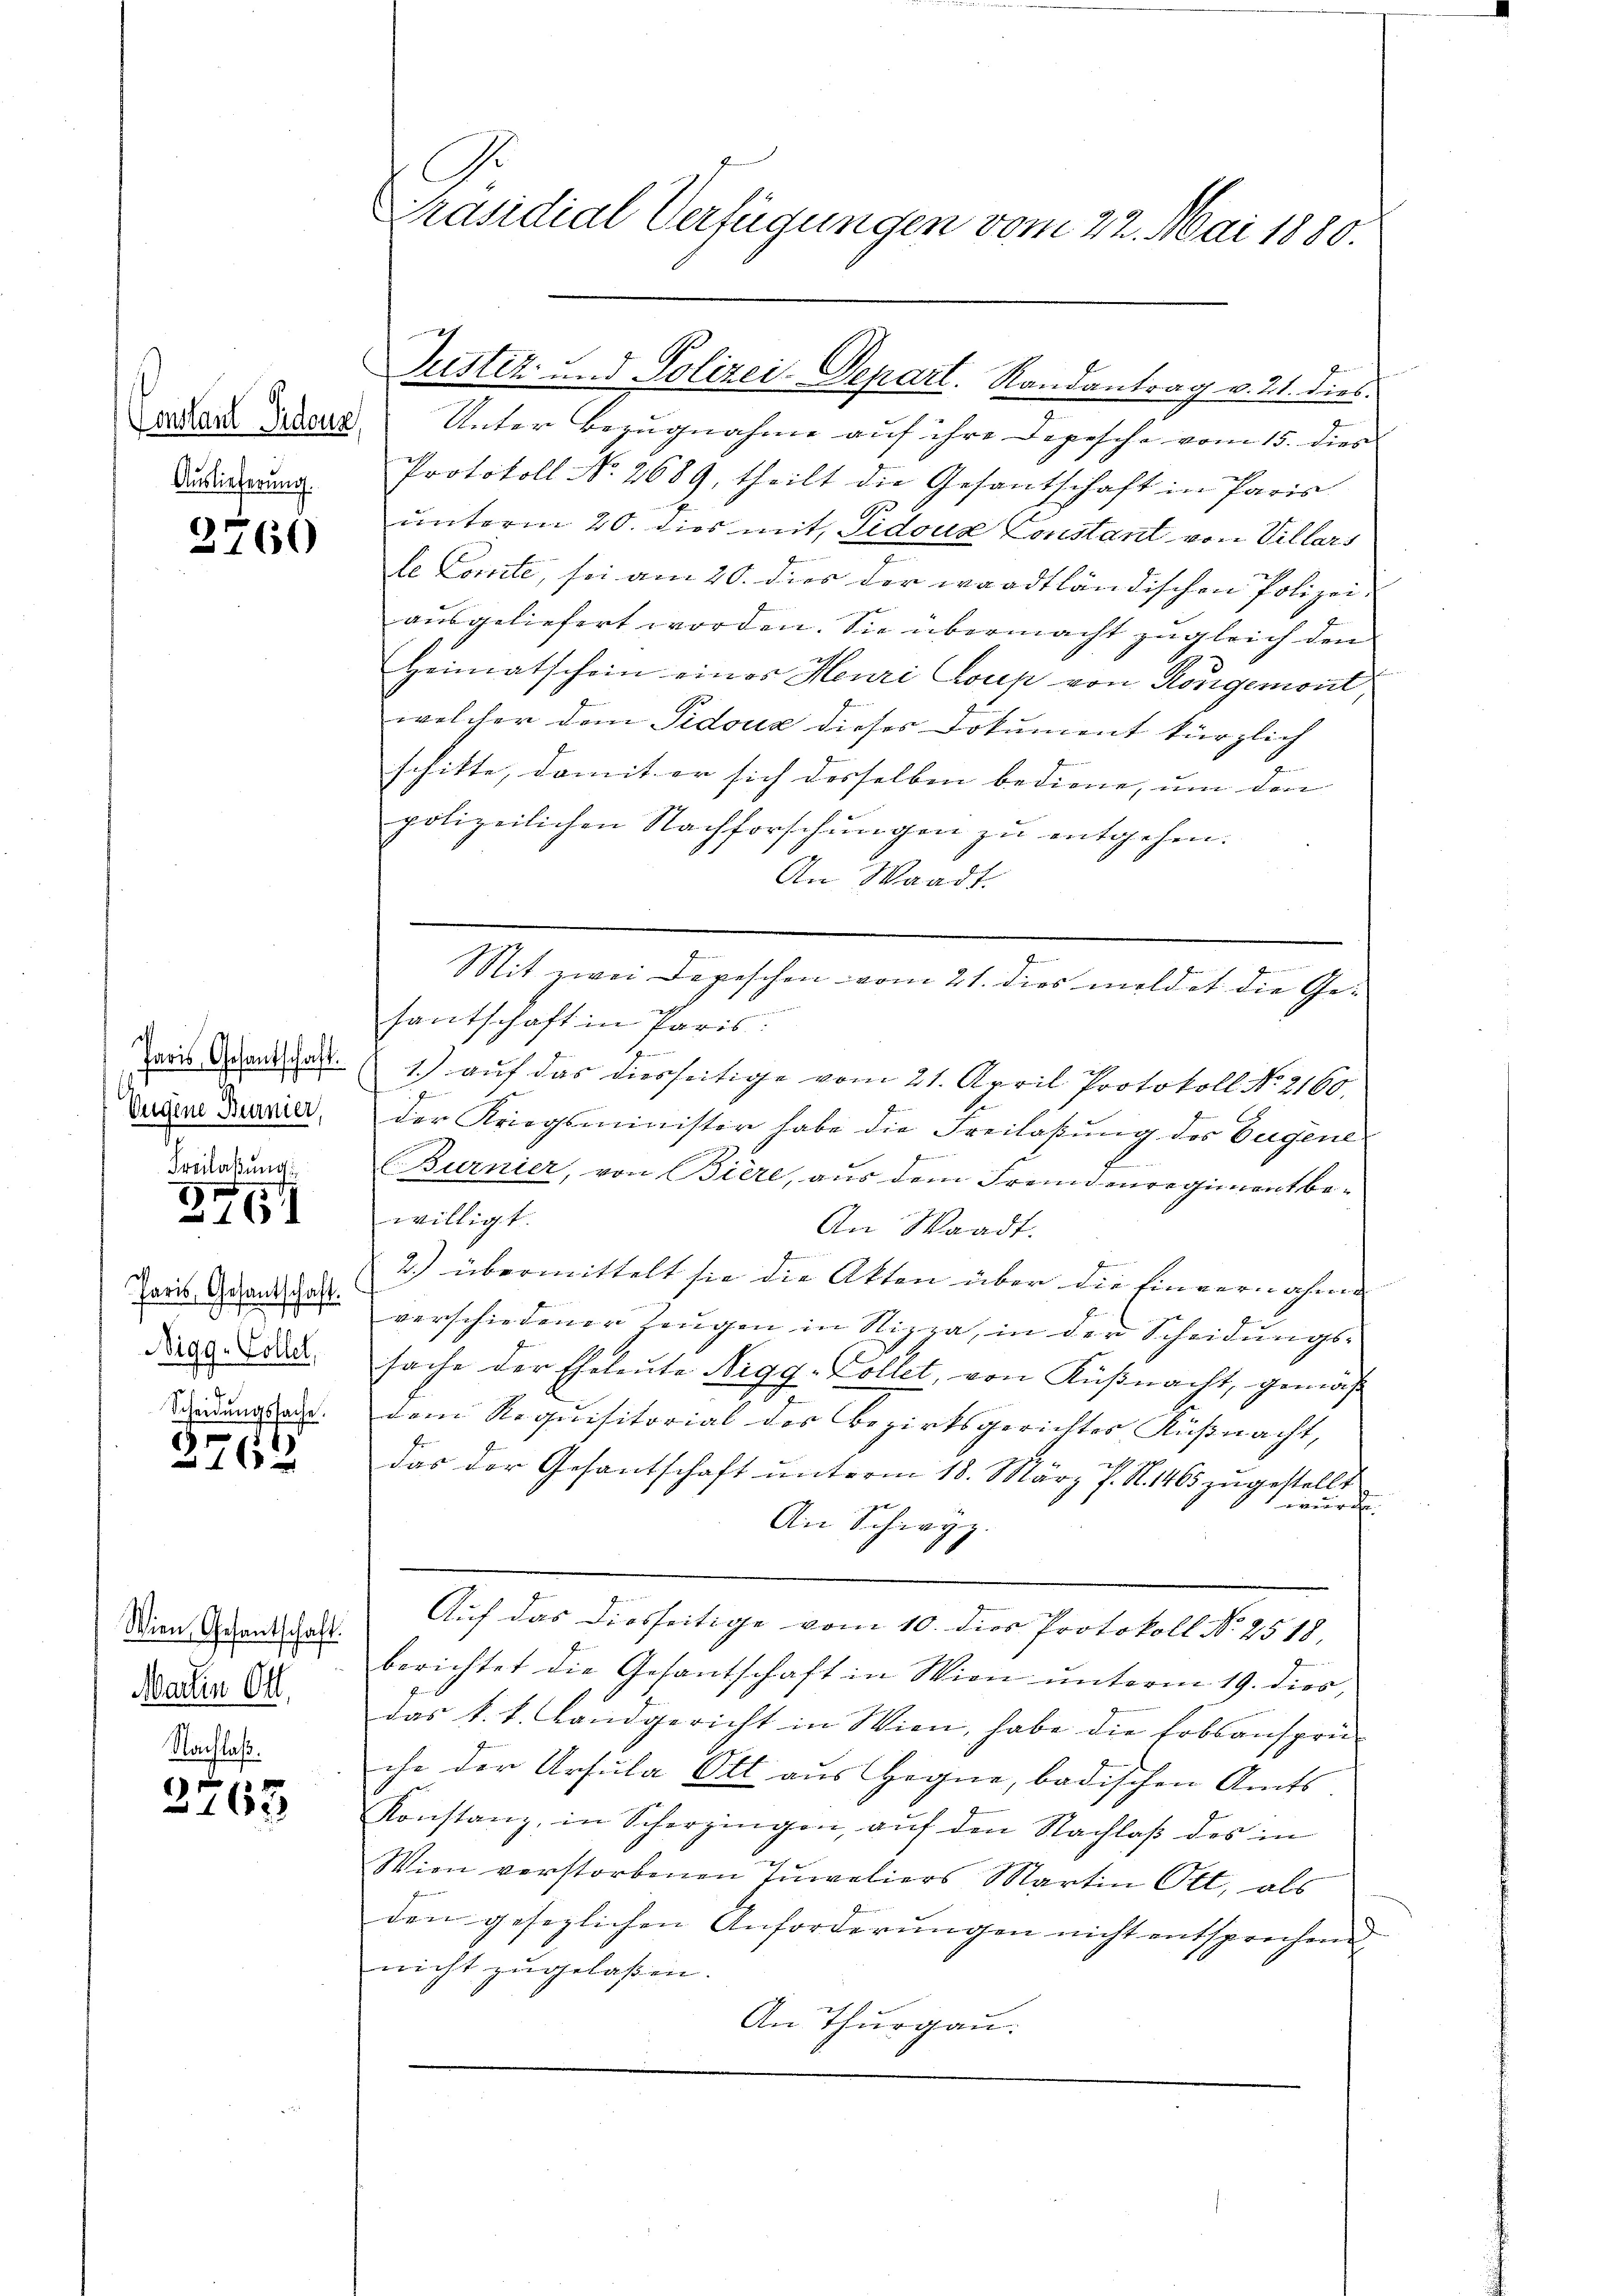
Auslieferung.

2760

Eugene Burnier,

Freilassung
2761

Paris, Gesantschaft.
Bigg-Collet,
Scheidungssache.

2762

Wien Gesantschaft.
Martin Ott,
Nachlaß.

3265

Sondern Erbene Unter Bezugnahme auf ihre Depesche vom 15. dies
Protokoll No 2689, theilt die Gesantschaft in Paris
unterm 20. dies mit Sidoux Constant von Villars
le Comte, sei am 20. dies der waadtländischen Polizei-
ausgeliefert worden. Sie übermacht zugleich den
Heimatschein eines Henri Coup von Kongemont,
welcher dem Pidoua dieses Dokument kürzlich
schitte, damit er sich desselben bediene, um den |
polizeilichen Nachforschungen zu entgehen.
An Waadt.
.
Mit zwei Depeschen vom 21. dies meldet die Ge¬

santschaft in Paris
ain den 1) auf das diesseitige vom 21. April Protokoll No. 2160.
der Kriegsminister habe die Freilaßung des Eugene
)
.
Burnier, von Biere, aus dem Fremdenregiment bewilligt.
An Waadt.
2.) übermittelt sie die Akten über die Einvernahme
verschiedener Zeugen in Nizza, in der Scheidungssache der Eheleute Nigg-Collet, von Küßnacht, gemäß
dem Requisitorial des Bezirksgerichtes Küßnacht,
das der Gesantschaft ŭnterm 18. März f. S. 465 zŭgestellt
ewürche
An Schwyz.
Auf das diesseitige vom 10. dies Protokoll No 2518,
berichtet die Gesantschaft in Wien ŭnterm 19. dies,
das k. k. Landgericht in Wien, habe die Erbsansprü-
che der Ursula Ott aus Hegne, badischen Amts-
Konstanz, in Scherzingen, aŭf den Nachlaβ des in
Wien verstorbenen Turaliers Martin Ott, als
den gesezlichen Anforderungen nicht entsprechen
nicht zugelaßen.
An Thurgau.

Präsidial-Verfügungen vom 22. Mai 1880.

Justiz und Polizei Depart. Randantrag v. 21. dies